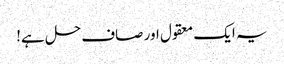
یہ ایک معقول اور صاف حل ہے!